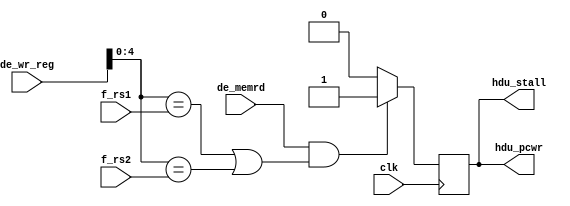
module hdu(
input clk,
input de_memrd,
input [5:0] de_wr_reg,
input [4:0] f_rs1,
input [4:0] f_rs2,
output hdu_stall,
output hdu_pcwr
);

reg s1 = 1'b0;
reg s2 = 1'b0;

always @(posedge clk)
begin 
	if((de_memrd == 1'b1) && ((de_wr_reg[4:0] == f_rs1) || (de_wr_reg[4:0] == f_rs2)))
	begin
		s1 <= 1'b1;
		s2 <= 1'b1;
	end
	else
	begin
		s1 <= 1'b0;
		s2 <= 1'b0;
	end 
end/*
initial 
begin
hdu_stall <= 1'b0;
hdu_pcwr <= 1'b0;
end*/
assign hdu_stall = s1;//((de_memrd == 1'b1) && ((de_wr_reg[4:0] == f_rs1) || (de_wr_reg[4:0] == f_rs2))) ? 1'b1 : s1;
assign hdu_pcwr = s2;//((de_memrd == 1'b1) && ((de_wr_reg[4:0] == f_rs1) || (de_wr_reg[4:0] == f_rs2))) ? 1'b1 : s2;
endmodule